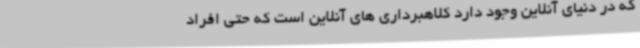
که در دنیای آنلاین وجود دارد کلاهبرداری های آنلاین است که حتی افراد